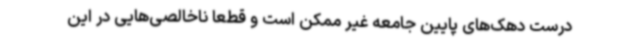
درست دهک‌های پایین جامعه غیر ممکن است و قطعا ناخالصی‌هایی در این